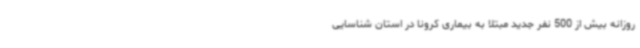
روزانه بیش از 500 نفر جدید مبتلا به بیماری کرونا در استان شناسایی